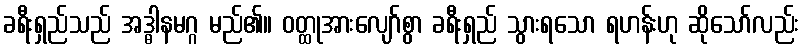
ခရီးရှည်သည် အဒ္ဓါနမဂ္ဂ မည်၏။ ဝတ္ထုအားလျော်စွာ ခရီးရှည် သွားရသော ရဟန်းဟု ဆိုသော်လည်း